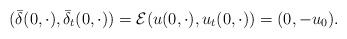
LaTeX: \begin{align*}(\bar\delta(0,\cdot),\bar\delta_t(0,\cdot))=\mathcal{E}(u(0,\cdot),u_t(0,\cdot))=(0,-u_0).\end{align*}